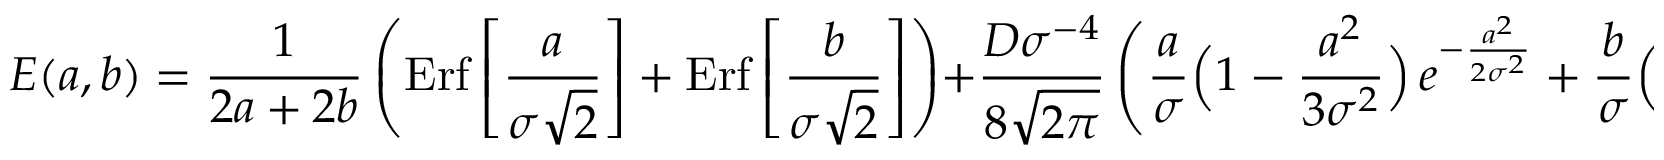
E ( a , b ) = { \frac { 1 } { 2 a + 2 b } } \left( \mathrm { E r f } \left[ { \frac { a } { \sigma \sqrt 2 } } \right] + \mathrm { E r f } \left[ { \frac { b } { \sigma \sqrt 2 } } \right] \right) + { \frac { D \sigma ^ { - 4 } } { 8 \sqrt { 2 \pi } } } \left( { \frac { a } { \sigma } } \Big ( 1 - { \frac { a ^ { 2 } } { 3 \sigma ^ { 2 } } } \Big ) \, e ^ { - { \frac { a ^ { 2 } } { 2 \sigma ^ { 2 } } } } + { \frac { b } { \sigma } } \Big ( 1 - { \frac { b ^ { 2 } } { 3 \sigma ^ { 2 } } } \Big ) \, e ^ { - { \frac { b ^ { 2 } } { 2 \sigma ^ { 2 } } } } \right) { \frac { 1 } { a + b } } \, .